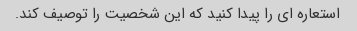
استعاره ای را پیدا کنید که این شخصیت را توصیف کند.